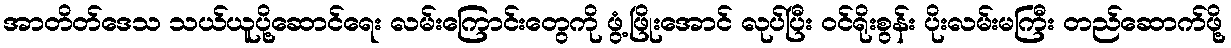
အာတိတ်ဒေသ သယ်ယူပို့ဆောင်ရေး လမ်းကြောင်းတွေကို ဖွံ့ဖြိုးအောင် လုပ်ပြီး ဝင်ရိုးစွန်း ပိုးလမ်းမကြီး တည်ဆောက်ဖို့